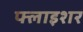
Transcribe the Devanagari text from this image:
फ्लाइशर